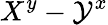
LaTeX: X^{y}-\mathcal{Y}^{x}